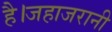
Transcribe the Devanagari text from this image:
है।जहाजरानी